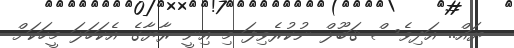
ޔައް.. އަދިވެސް ޤަބޫލް ނުކުރެވިފަ މި އިނީ ރާޔާގެ އެކަހަލަ މީހަކަށް